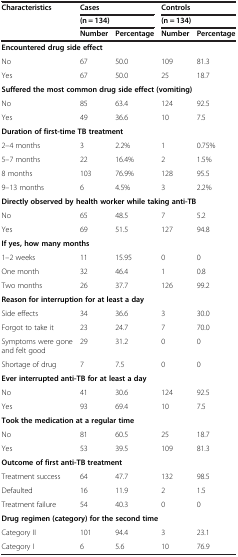
<table><thead><tr><td rowspan="2"><b>Characteristics</b></td><td colspan="2"><b>Cases</b></td><td colspan="2"><b>Controls</b></td></tr><tr><td colspan="2"><b>(n = 134)</b></td><td colspan="2"><b>(n = 134)</b></td></tr><tr><td><b> </b></td><td><b>Number</b></td><td><b>Percentage</b></td><td><b>Number</b></td><td><b>Percentage</b></td></tr></thead><tbody><tr><td colspan="5"><b>Encountered drug side effect</b></td></tr><tr><td>No</td><td>67</td><td>50.0</td><td>109</td><td>81.3</td></tr><tr><td>Yes</td><td>67</td><td>50.0</td><td>25</td><td>18.7</td></tr><tr><td colspan="5"><b>Suffered the most common drug side effect (vomiting)</b></td></tr><tr><td>No</td><td>85</td><td>63.4</td><td>124</td><td>92.5</td></tr><tr><td>Yes</td><td>49</td><td>36.6</td><td>10</td><td>7.5</td></tr><tr><td colspan="5"><b>Duration of first-time TB treatment</b></td></tr><tr><td>2–4 months</td><td>3</td><td>2.2%</td><td>1</td><td>0.75%</td></tr><tr><td>5–7 months</td><td>22</td><td>16.4%</td><td>2</td><td>1.5%</td></tr><tr><td>8 months</td><td>103</td><td>76.9%</td><td>128</td><td>95.5</td></tr><tr><td>9–13 months</td><td>6</td><td>4.5%</td><td>3</td><td>2.2%</td></tr><tr><td colspan="5"><b>Directly observed by health worker while taking anti-TB</b></td></tr><tr><td>No</td><td>65</td><td>48.5</td><td>7</td><td>5.2</td></tr><tr><td>Yes</td><td>69</td><td>51.5</td><td>127</td><td>94.8</td></tr><tr><td colspan="5"><b>If yes, how many months</b></td></tr><tr><td>1–2 weeks</td><td>11</td><td>15.95</td><td>0</td><td>0</td></tr><tr><td>One month</td><td>32</td><td>46.4</td><td>1</td><td>0.8</td></tr><tr><td>Two months</td><td>26</td><td>37.7</td><td>126</td><td>99.2</td></tr><tr><td colspan="5"><b>Reason for interruption for at least a day</b></td></tr><tr><td>Side effects</td><td>34</td><td>36.6</td><td>3</td><td>30.0</td></tr><tr><td>Forgot to take it</td><td>23</td><td>24.7</td><td>7</td><td>70.0</td></tr><tr><td>Symptoms were gone and felt good</td><td>29</td><td>31.2</td><td>0</td><td>0</td></tr><tr><td>Shortage of drug</td><td>7</td><td>7.5</td><td>0</td><td>0</td></tr><tr><td colspan="5"><b>Ever interrupted anti-TB for at least a day</b></td></tr><tr><td>No</td><td>41</td><td>30.6</td><td>124</td><td>92.5</td></tr><tr><td>Yes</td><td>93</td><td>69.4</td><td>10</td><td>7.5</td></tr><tr><td colspan="5"><b>Took the medication at a regular time</b></td></tr><tr><td>No</td><td>81</td><td>60.5</td><td>25</td><td>18.7</td></tr><tr><td>Yes</td><td>53</td><td>39.5</td><td>109</td><td>81.3</td></tr><tr><td colspan="5"><b>Outcome of first anti-TB treatment</b></td></tr><tr><td>Treatment success</td><td>64</td><td>47.7</td><td>132</td><td>98.5</td></tr><tr><td>Defaulted</td><td>16</td><td>11.9</td><td>2</td><td>1.5</td></tr><tr><td>Treatment failure</td><td>54</td><td>40.3</td><td>0</td><td>0</td></tr><tr><td colspan="5"><b>Drug regimen (category) for the second time</b></td></tr><tr><td>Category II</td><td>101</td><td>94.4</td><td>3</td><td>23.1</td></tr><tr><td>Category I</td><td>6</td><td>5.6</td><td>10</td><td>76.9</td></tr></tbody></table>